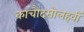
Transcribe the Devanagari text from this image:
काचौदसोलहवीं